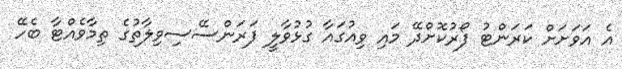
އެ އަވަށަށް ކަރަންޓު ފޯރުކޮށްދޭ މައި ވިއުގައާ ގުޅުވާލީ ފަރަންސޭސިވިލާތުގެ ތިމާވެއްޓާ ބެހޭ